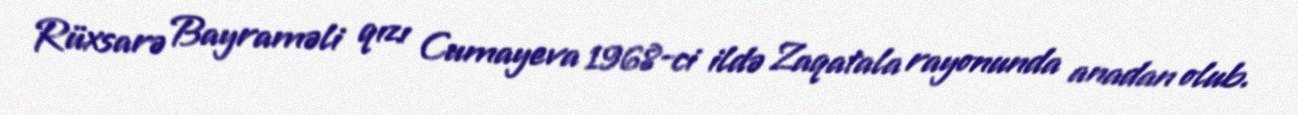
Rüxsarə Bayraməli qızı Cumayeva 1968-ci ildə Zaqatala rayonunda anadan olub.